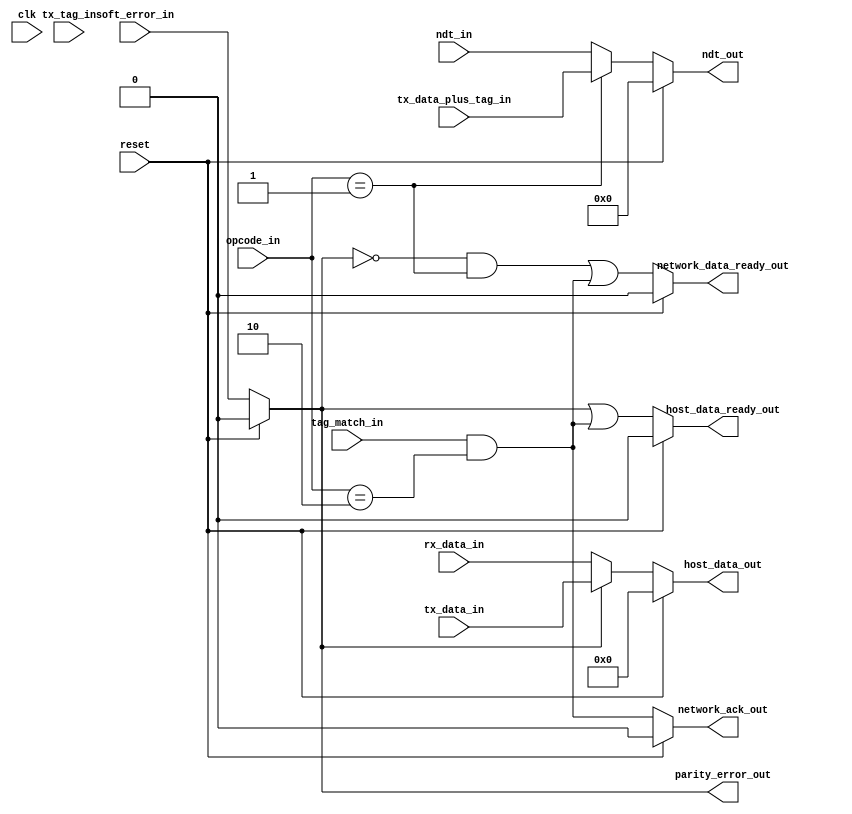
module output_stage #(parameter data_size = 32, parameter tag_size = 8) (
    input clk,
    input reset,
    input[1:0] opcode_in,
    input soft_error_in,
    input[(data_size-1):0] tx_data_in,
    input[(tag_size-1):0] tx_tag_in,
    input[(data_size+tag_size-1):0] tx_data_plus_tag_in,
    input tag_match_in,
    input[(data_size-1):0] rx_data_in,
    input[(data_size+tag_size-1):0] ndt_in,
    output reg parity_error_out,
    output reg host_data_ready_out,
    output reg network_data_ready_out,
    output reg network_ack_out,
    output reg[(data_size-1):0] host_data_out,
    output reg[(data_size+tag_size-1):0] ndt_out
    );
    
    localparam OP_RXA = 2'b10;
    localparam OP_TXE = 2'b01;
    
    // AND gates ordered from top to bottom in datapath diagram
    assign and_gate_1 = (opcode_in == OP_RXA);
    assign and_gate_2 = (opcode_in == OP_TXE);
    assign and_gate_3 = (~parity_error_out & and_gate_2);
    assign and_gate_4 = (tag_match_in & and_gate_1);
    
    // OR gates ordered from top to bottom in datapath diagram
    assign or_gate_1 = (parity_error_out | and_gate_4);
    assign or_gate_2 = (and_gate_3 | and_gate_4);
    
    // MUX's ordered from top to bottom
    wire [(data_size-1):0] mux_1;
    wire [(data_size+tag_size-1):0] mux_2;
    assign mux_1 = parity_error_out ? tx_data_in : rx_data_in;
    assign mux_2 = (opcode_in == OP_TXE) ? tx_data_plus_tag_in : ndt_in;
    
    always @(*) begin
        if (reset) begin
            parity_error_out <= 0;
            host_data_ready_out <= 0;
            network_data_ready_out <= 0;
            network_ack_out <= 0;
            host_data_out <= 0;
            ndt_out <= 0;
        end else begin
            parity_error_out <= soft_error_in;
            host_data_ready_out <= or_gate_1;
            network_data_ready_out <= or_gate_2;
            network_ack_out <= and_gate_4; 
            host_data_out <= mux_1;
            ndt_out <= mux_2;
        end
    end
    
endmodule